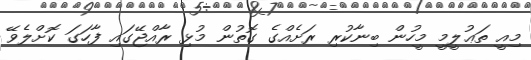
މިއީ ތަޢުލީމީ މީހުން ބިނާކުރި ރަށެއްގެ ގޮތުން މުޅި ރާއްޖޭގައި ފާހަގަ ކޮށްލެވޭ